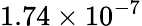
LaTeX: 1.74\times{{10}^{-7}}